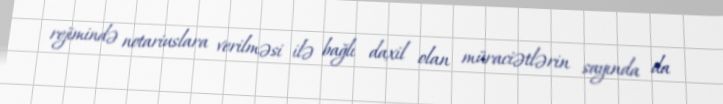
rejimində notariuslara verilməsi ilə bağlı daxil olan müraciətlərin sayında da